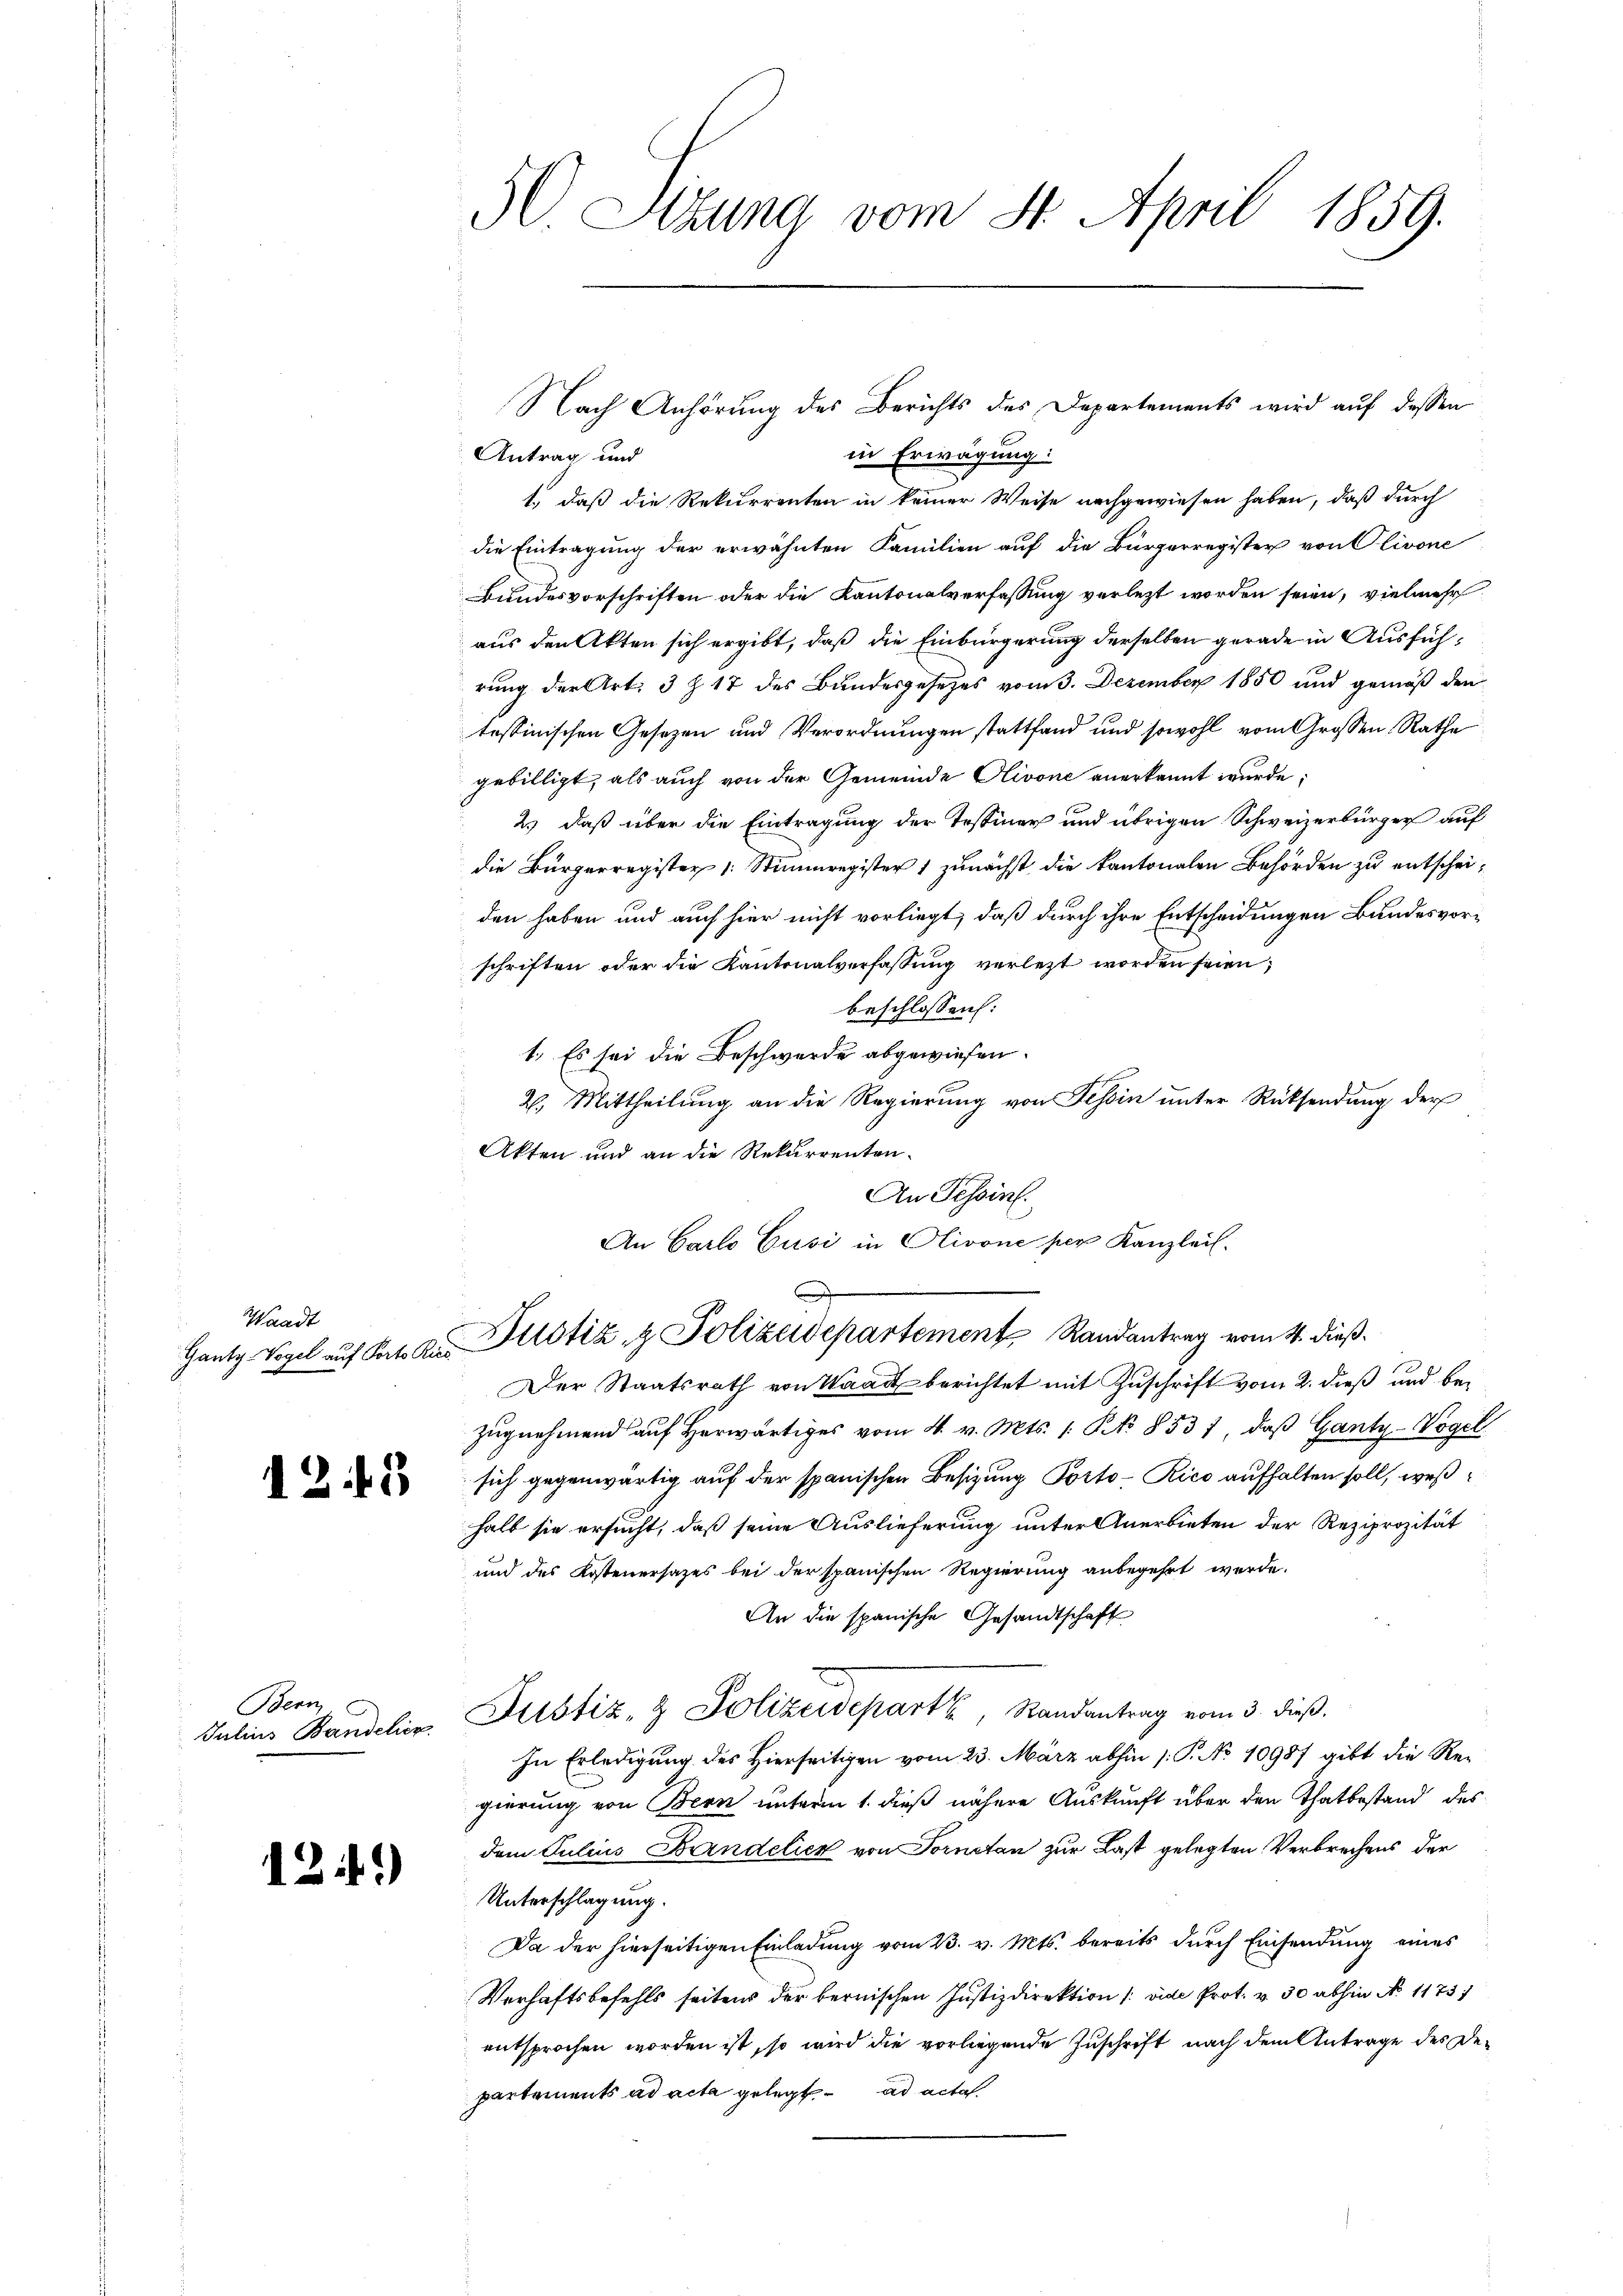
Waadt

12.19

Bern
Julius Bandelior

1241)

50 Sizung vom 4. April 1859.

in Erwägung:
Antrag und
1., daß die Rekurrenten in keiner Weise nachgewiesen haben, daß durch
die Eintragung der erwähnten Familien auf die Bürgerregister von Olivone
Bundesvorschriften oder die Kantonalverfassung verletzt worden seien, vielmehr
aus den Akten sich ergibt, daß die Einbürgerung derselben gerade in Ausführung der Art. 3 § 17 des Bundesgesetzes vom 3. Dezember 1850 und gemäß den
tessinischen Gesetzen und Verordnungen stattfand und sowohl vom Grossen Rathe
gebilligt, als auch von der Gemeinde Olivone anerkannt wurde:
2) daß über die Eintragung der Tessiner und übrigen Schweizerbürger auf
die Bürgerregister (: Stimmregister 1 zunächst die kantonalen Behörden zu entscheiden haben und auch hier nicht vorliegt, daß durch ihre Entscheidungen Bundesvorschriften oder die Kantonalverfassung verletzt worden seien;
beschlossen:
1. Es sei die Beschwerde abgewiesen.
2. Mittheilung an die Regierung von Tessin unter Rücksendung der
Akten und an die Rekurrenten.
An Tessin.
An Carlo Gusi in Olivone per Kanzlei.

Nach Anhörung des Berichts des Departements wird auf dessen

Gantz Vogel auf Parte Aus Dustiz & Polizeidepartement Randantrag vom 4. dieß.

Der Staatsrath von Waadt berichtet mit Zuschrift vom 2. dieß und bezŭgnehmend auf herwärtiges vom 4. v. Mts. 1. No 8537, daβ Ganty-Vogel
sich gegenwärtig auf der spanischen Besizung Porto-Rico aufhalten soll, weßhalb sie ersucht, daß seine Auslieferung unter Anerbieten der Reziprozität
und des Kostenersazes bei der spanischen Regierung anbegehrt werde.
An die spanische Gesandtschaft
Justiz- & Polizeidepart, Randantrag vom 3. dieß.
In Erledigung des Hierseitigen vom 23. März abhin /: P. No 10987 gibt die Re-
gierung von Bern unterm 1. dieß nähere Auskunft über den Thatbestand des
dem Julius Bandelick von Fornetan zur Last gelegten Verbrechens der
Unterschlagung.
Da der hierseitigen Einladung vom 23. v. Mts. bereits durch Einsendung eines
Verhaftsbefehls seitens der bernischen Justizdirektion (: vide Prot. v. 30 abhin No 1175/
entsprochen worden ist, so wird die vorliegende Zuschrift nach dem Antrage des Departements ad acta gelegt ad acta.